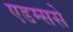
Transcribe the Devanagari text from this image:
एडम्ससे